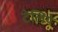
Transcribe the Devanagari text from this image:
टेलिये